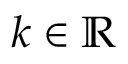
k \in \mathbb { R }